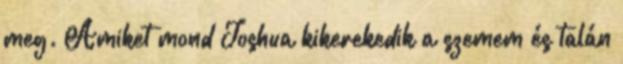
meg. Amiket mond Joshua kikerekedik a szemem és talán